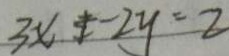
3 x - 2 y = 2